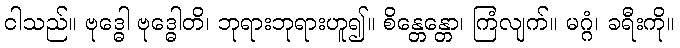
ငါသည်။ ဗုဒ္ဓေါ ဗုဒ္ဓေါတိ၊ ဘုရားဘုရားဟူ၍။ စိန္တေန္တော၊ ကြံလျက်။ မဂ္ဂံ၊ ခရီးကို။